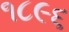
૧૮૯૬